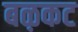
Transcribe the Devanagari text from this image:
बऴकट